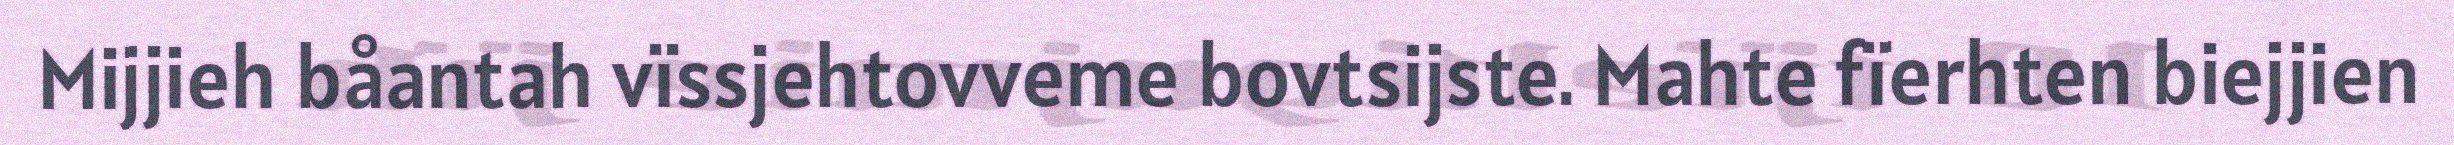
Mijjieh båantah vïssjehtovveme bovtsijste. Mahte fïerhten biejjien